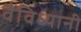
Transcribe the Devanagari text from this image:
वैविध्यानी